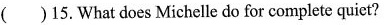
( )15.What does Michelle do for complete quiet?